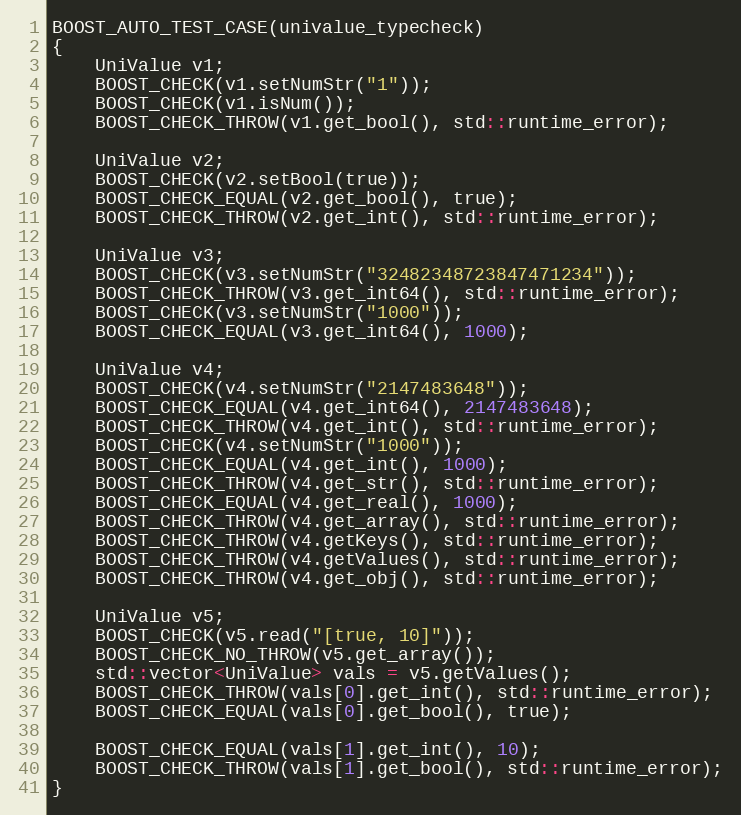
Language: C++
BOOST_AUTO_TEST_CASE(univalue_typecheck)
{
    UniValue v1;
    BOOST_CHECK(v1.setNumStr("1"));
    BOOST_CHECK(v1.isNum());
    BOOST_CHECK_THROW(v1.get_bool(), std::runtime_error);

    UniValue v2;
    BOOST_CHECK(v2.setBool(true));
    BOOST_CHECK_EQUAL(v2.get_bool(), true);
    BOOST_CHECK_THROW(v2.get_int(), std::runtime_error);

    UniValue v3;
    BOOST_CHECK(v3.setNumStr("32482348723847471234"));
    BOOST_CHECK_THROW(v3.get_int64(), std::runtime_error);
    BOOST_CHECK(v3.setNumStr("1000"));
    BOOST_CHECK_EQUAL(v3.get_int64(), 1000);

    UniValue v4;
    BOOST_CHECK(v4.setNumStr("2147483648"));
    BOOST_CHECK_EQUAL(v4.get_int64(), 2147483648);
    BOOST_CHECK_THROW(v4.get_int(), std::runtime_error);
    BOOST_CHECK(v4.setNumStr("1000"));
    BOOST_CHECK_EQUAL(v4.get_int(), 1000);
    BOOST_CHECK_THROW(v4.get_str(), std::runtime_error);
    BOOST_CHECK_EQUAL(v4.get_real(), 1000);
    BOOST_CHECK_THROW(v4.get_array(), std::runtime_error);
    BOOST_CHECK_THROW(v4.getKeys(), std::runtime_error);
    BOOST_CHECK_THROW(v4.getValues(), std::runtime_error);
    BOOST_CHECK_THROW(v4.get_obj(), std::runtime_error);

    UniValue v5;
    BOOST_CHECK(v5.read("[true, 10]"));
    BOOST_CHECK_NO_THROW(v5.get_array());
    std::vector<UniValue> vals = v5.getValues();
    BOOST_CHECK_THROW(vals[0].get_int(), std::runtime_error);
    BOOST_CHECK_EQUAL(vals[0].get_bool(), true);

    BOOST_CHECK_EQUAL(vals[1].get_int(), 10);
    BOOST_CHECK_THROW(vals[1].get_bool(), std::runtime_error);
}